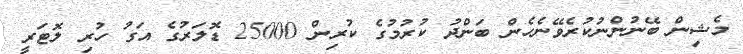
މެޝިން ބޭނުންނުކުރެވޭނެހެން ބަންދު ކުރުމުގެ ކުރިން 25000 ޑޮލަރުގެ އަގު ހުރި ލޮޓަރީ